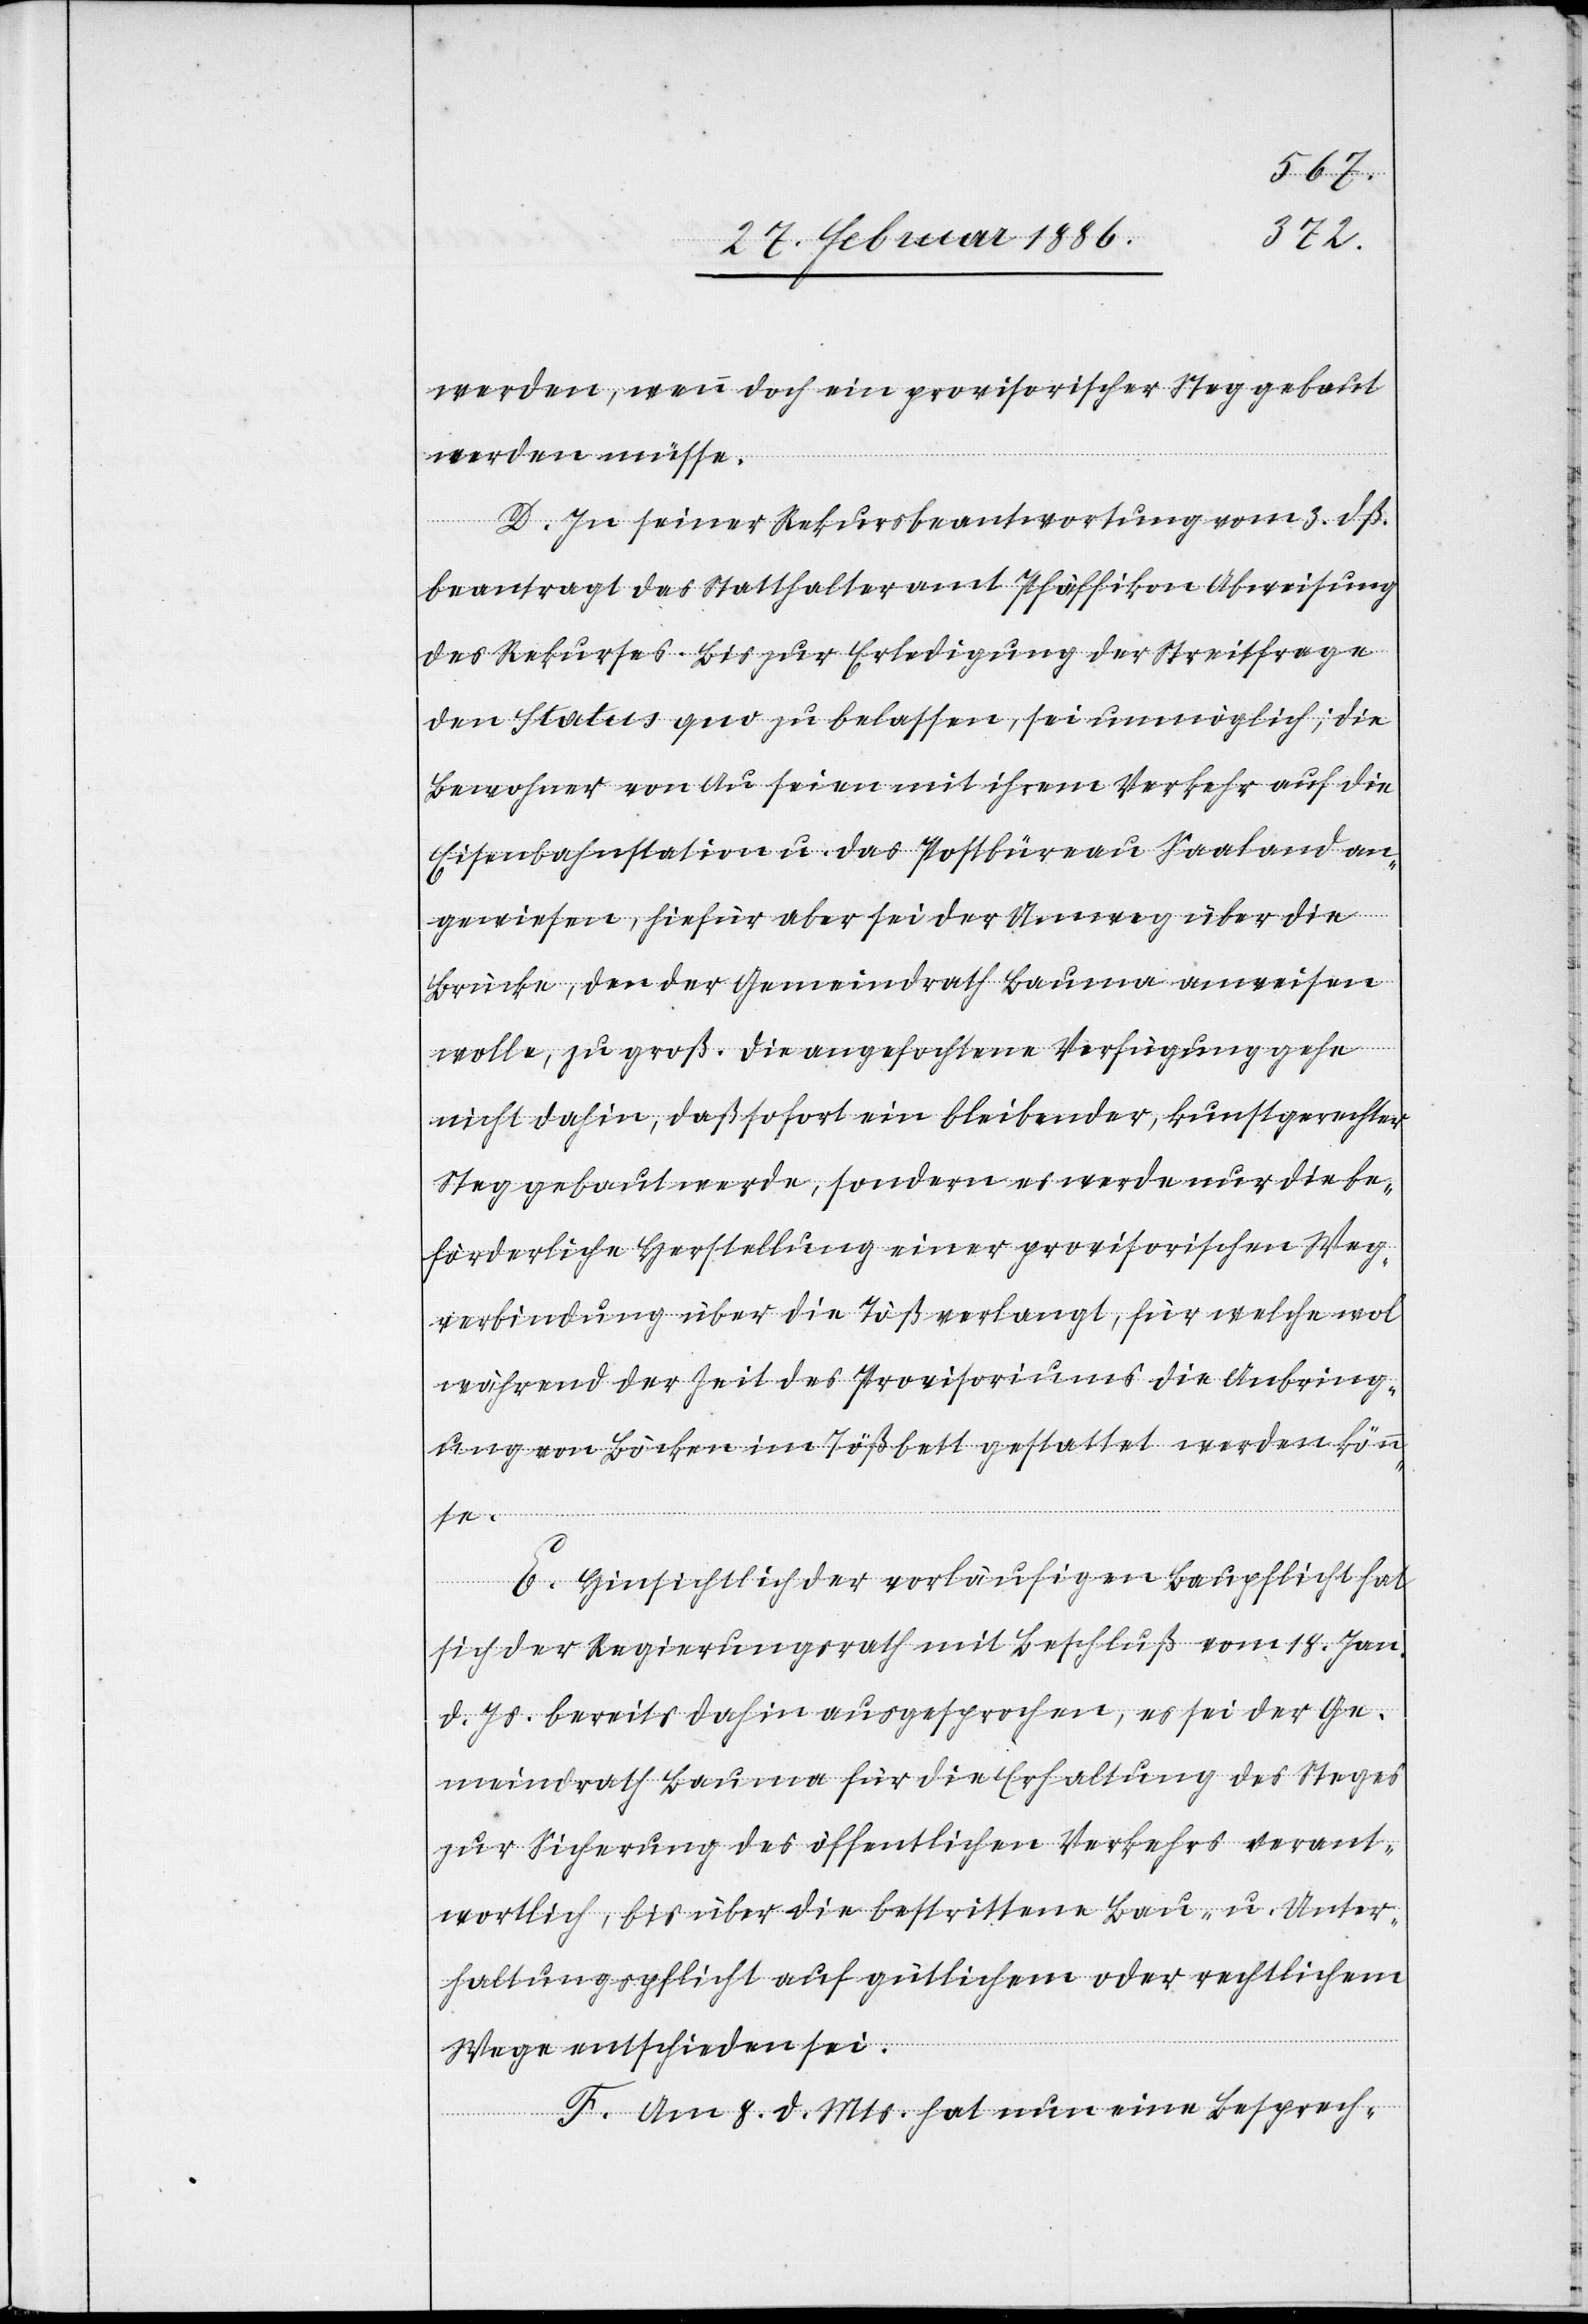
werden, wenn doch ein provisorischer Steg gebaut
werden müsse.
D. In seiner Rekursbeantwortung vom 3. dß.
beantragt das Statthalteramt Pfäffikon Abweisung
des Rekurses. Bis zur Erledigung der Streitfrage
den Status quo zu belassen, sei unmöglich; die
Bewohner von Au seien mit ihrem Verkehr auf die
Eisenbahnstation u. das Postbüreau Saaland an¬
gewiesen, hiefür aber sei der Umweg über die
Brücke, den der Gemeindrath Bauma anweisen
wolle, zu groß. Die angefochtene Verfügung gehe
nicht dahin, daß sofort ein bleibender, kunstgerechter
Steg gebaut werde, sondern es werde nur die be¬
förderliche Herstellung einer provisorischen Weg¬
verbindung über die Töß verlangt, für welche wol
während der Zeit des Provisoriums die Anbring¬
ung von Böcken im Tößbett gestattet werden könn¬
te.
E. Hinsichtlich der vorläufigen Baupflicht hat
sich der Regierungsrath mit Beschluß vom 18. Jan.
d. Js. bereits dahin ausgesprochen, es sei der Ge¬
meindrath Bauma für die Erhaltung des Steges
zur Sicherung des öffentlichen Verkehrs verant¬
wortlich, bis über die bestrittene Bau- u. Unter¬
haltungspflicht auf gütlichem oder rechtlichem
Wege entschieden sei.
F. Am 8. d. Mts. hat nun eine Besprech-